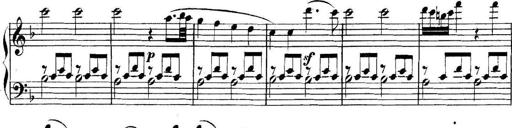
Title: Collected Piano Sonatas
Composer: Muzio Clementi